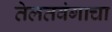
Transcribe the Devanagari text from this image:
तेलतवंगाचा